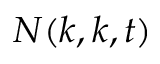
N ( k , k , t )